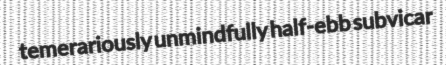
temerariously unmindfully half-ebb subvicar